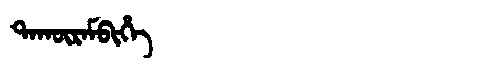
Manchu: ᡨᠠᡴᡡᡵᠠᠮᠪᡳᡥᡝ
Romanization: TAKŪRAMBIHE